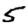
Digit: 5